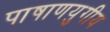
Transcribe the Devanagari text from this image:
पाषाणयुगीय